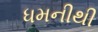
ધમનીથી